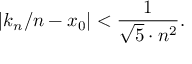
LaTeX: | k _ { n } / n - x _ { 0 } | < { \frac { 1 } { { \sqrt { 5 } } \cdot n ^ { 2 } } } .